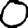
Digit: 0